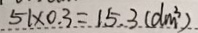
5 1 \times 0 . 3 = 1 5 . 3 ( d m ^ { 3 } )